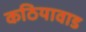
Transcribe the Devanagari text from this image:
कठियावाड